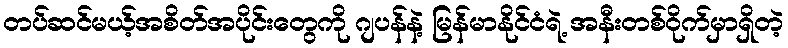
တပ်ဆင်မယ့်အစိတ်အပိုင်းတွေကို ဂျပန်နဲ့ မြန်မာနိုင်ငံရဲ့ အနီးတစ်ဝိုက်မှာရှိတဲ့